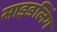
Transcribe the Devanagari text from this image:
साइडलिंग